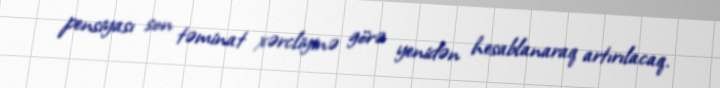
pensiyası son təminat xərcliyinə görə yenidən hesablanaraq artırılacaq.